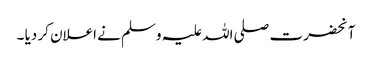
آنحضرت صلی اللہ علیہ وسلم نے اعلان کر دیا ۔